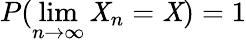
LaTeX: P(\operatorname*{lim}_{n\rightarrow\infty}\mathit{X}_{n}=\mathit{X})=1